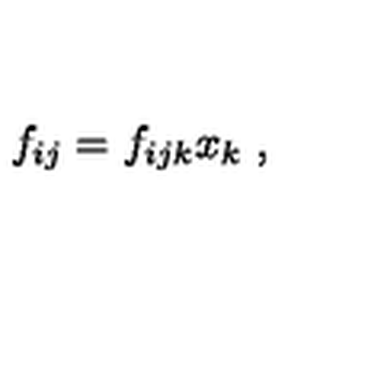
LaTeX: f _ { i j } = f _ { i j k } x _ { k } \ ,